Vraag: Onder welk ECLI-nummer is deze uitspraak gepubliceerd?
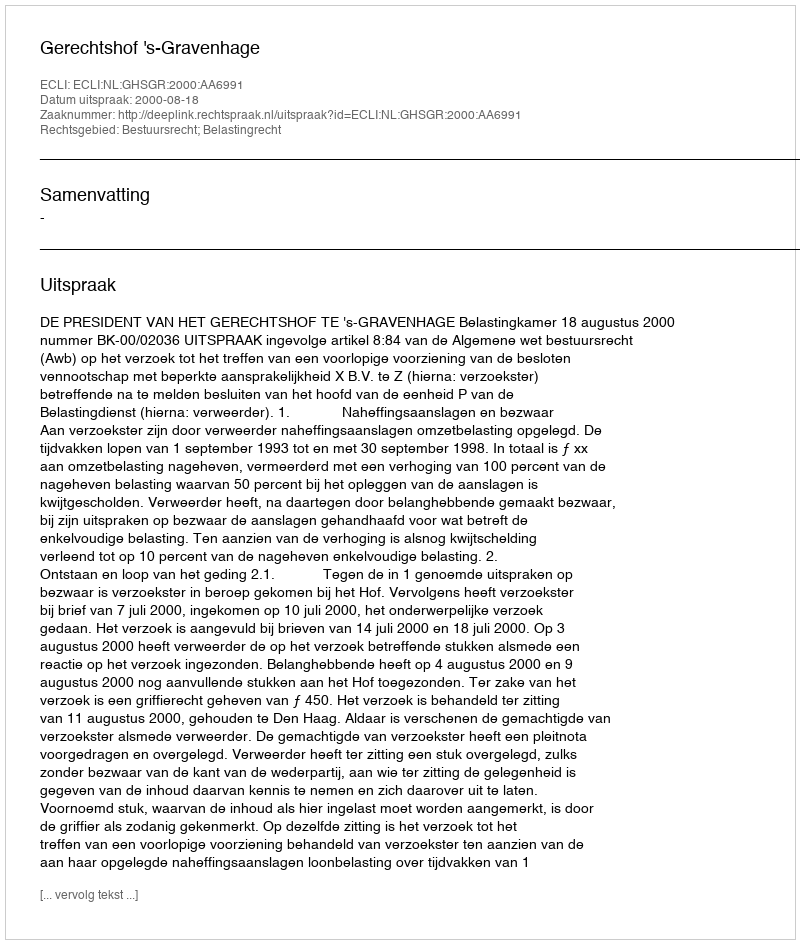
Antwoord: ECLI:NL:GHSGR:2000:AA6991